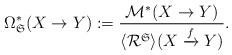
LaTeX: \begin{align*}\Omega^*_{\frak S}(X \to Y):= \frac{\mathcal M^*(X \to Y)}{\langle \mathcal R^{\frak S} \rangle (X \xrightarrow f Y)}.\end{align*}